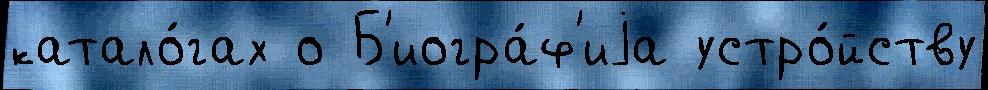
катало́гах о Б'иогра́ф'иjа устро́йству